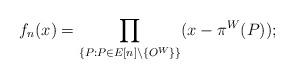
LaTeX: \begin{align*}f_{n}(x)=\prod_{\{P:P\in E[n]\setminus\{O^{W}\}\}}(x-\pi^{W}(P));\end{align*}